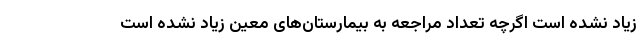
زیاد نشده است اگرچه تعداد مراجعه به بیمارستان‌های معین زیاد نشده است